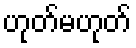
ဟုတ်မဟုတ်